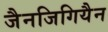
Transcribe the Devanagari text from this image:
जैनजिगियैन